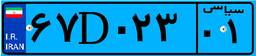
۶۷D۰۲۳۰۱